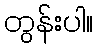
တွန်းပါ။